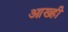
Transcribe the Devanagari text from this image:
आख्ही